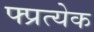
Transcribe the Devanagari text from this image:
फ्प्रत्येक